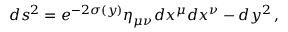
d s ^ { 2 } = e ^ { - 2 \sigma ( y ) } \eta _ { \mu \nu } d x ^ { \mu } d x ^ { \nu } - d y ^ { 2 } \, ,